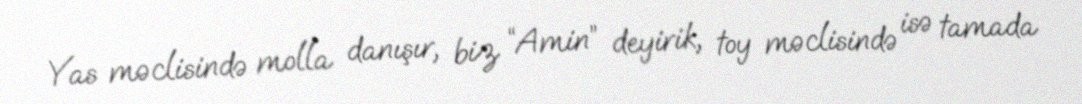
Yas məclisində molla danışır, biz “Amin” deyirik, toy məclisində isə tamada